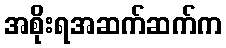
အစိုးရအဆက်ဆက်က